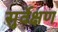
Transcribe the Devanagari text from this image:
सुर्वेक्षण